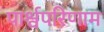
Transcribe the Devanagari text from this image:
पार्श्वपरिणाम